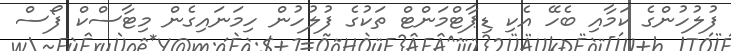
ފުލުހުންގެ ކަމާއި ބެހޭ އެކި ޑިޕާޓްމަންޓް ތަކުގެ ފުލުހުން ހިމަނައިގެން މިޓާސްކް ފޯސް